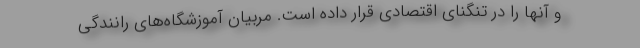
و آنها را در تنگنای اقتصادی قرار داده است. مربیان آموزشگاه‌های رانندگی